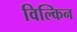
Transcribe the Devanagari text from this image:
विल्किन